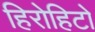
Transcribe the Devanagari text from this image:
हिरोहिटो